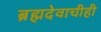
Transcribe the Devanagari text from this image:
ब्रह्मदेवाचीही